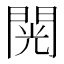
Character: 𮤎